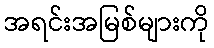
အရင်းအမြစ်များကို